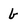
Character: b